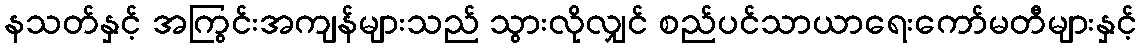
နသတ်နှင့် အကြွင်းအကျန်များသည် သွားလိုလျှင် စည်ပင်သာယာရေးကော်မတီများနှင့်